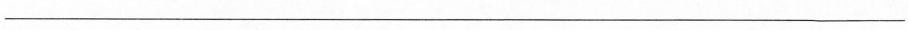
____________